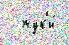
  жук'и́